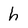
Character: h